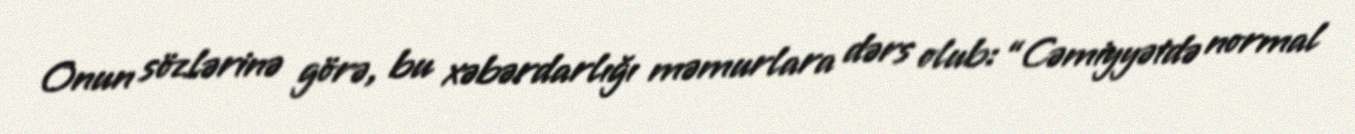
Onun sözlərinə görə, bu xəbərdarlığı məmurlara dərs olub: “Cəmiyyətdə normal